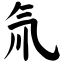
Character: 氚